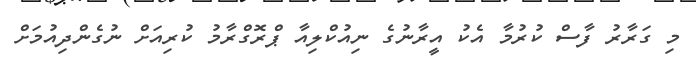
މި ގަރާރު ފާސް ކުރުމާ އެކު އީރާނުގެ ނިއުކްލިއާ ޕްރޮގްރާމު ކުރިއަށް ނުގެންދިއުމަށް